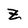
Character: Z